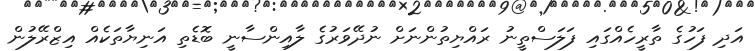
އަދި ފަހުގެ ތާރީހެއްގައި ފަލަސްތީނު ރައްޔިތުންނަށް ނުދޭވަރުގެ ލާއިންސާނީ ބޮޑެތި އަނިޔާތަކެއް އިޒްރޭލުން